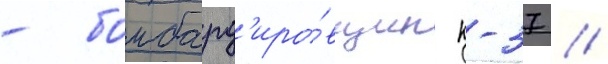
- бомбард'иро́вщик к-37 //